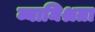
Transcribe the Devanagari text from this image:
व्यामिश्रता